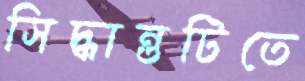
সিদ্ধান্তটিতে